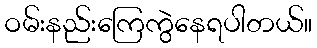
ဝမ်းနည်းကြေကွဲနေရပါတယ်။